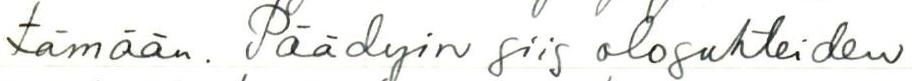
tämään. Päädyin siis olosuhteiden